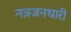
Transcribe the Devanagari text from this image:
नत्रजनधारी